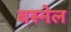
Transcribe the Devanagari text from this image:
बस्नेल